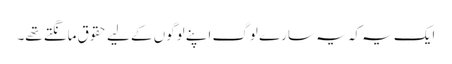
ایک یہ کہ یہ سارے لوگ اپنے لوگوں کے لیے حقوق مانگتے تھے۔